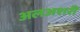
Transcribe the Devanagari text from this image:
अलअशरी